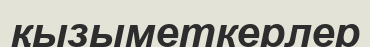
қызыметкерлер